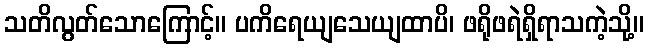
သတိလွတ်သောကြောင့်။ ပကိရေယျသေယျထာပိ၊ ဖရိုဖရဲရှိရာသကဲ့သို့။